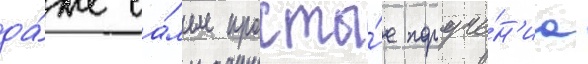
да́же са́мые просты́е поруче́н'иа